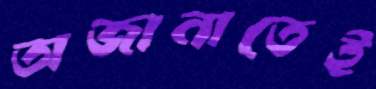
অজানাতেই